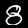
Label: 8